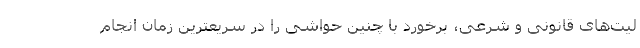
لیت‌های قانونی و شرعی، برخورد با چنین حواشی را در سریعترین زمان انجام